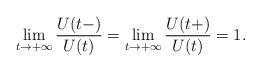
LaTeX: \begin{align*}\lim_{t\rightarrow +\infty }\frac{U(t-)}{U(t)}=\lim_{t\rightarrow +\infty }\frac{U(t+)}{U(t)}=1. \end{align*}